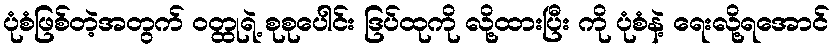
ပုံစံဖြစ်တဲ့အတွက် ဝတ္ထုရဲ့ စုစုပေါင်း ဒြပ်ထုကို လို့ထားပြီး ကို ပုံစံနဲ့ ရေးလို့ရအောင်